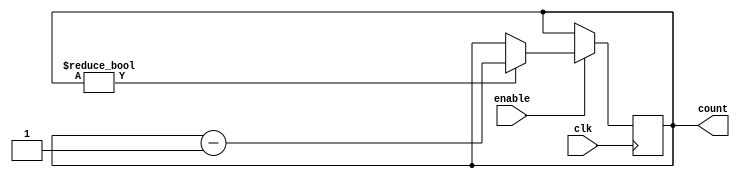
module BinaryDownCounter (
    input wire clk,
    input wire enable,
    output reg [N-1:0] count
);

parameter N = 8; // Number of bits in counter

always @(posedge clk) begin
    if (enable) begin
        if (count != 0) begin
            count <= count - 1;
        end
    end
end

endmodule